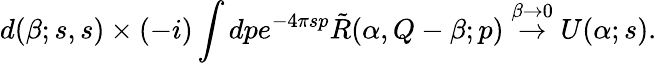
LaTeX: d(\beta;s,s)\times(-i)\int dpe^{-4\pi sp}\tilde{R}(\alpha,Q-\beta;p)\stackrel{\beta\to 0}{\rightarrow}U(\alpha;s).